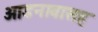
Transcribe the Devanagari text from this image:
आडनावासह